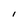
Character: I